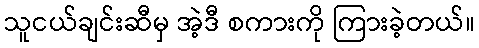
သူငယ်ချင်းဆီမှ အဲ့ဒီ စကားကို ကြားခဲ့တယ်။